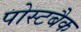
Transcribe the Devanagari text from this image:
पोस्टबैक